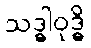
သဒ္ဓါဝုဒ္ဓိ